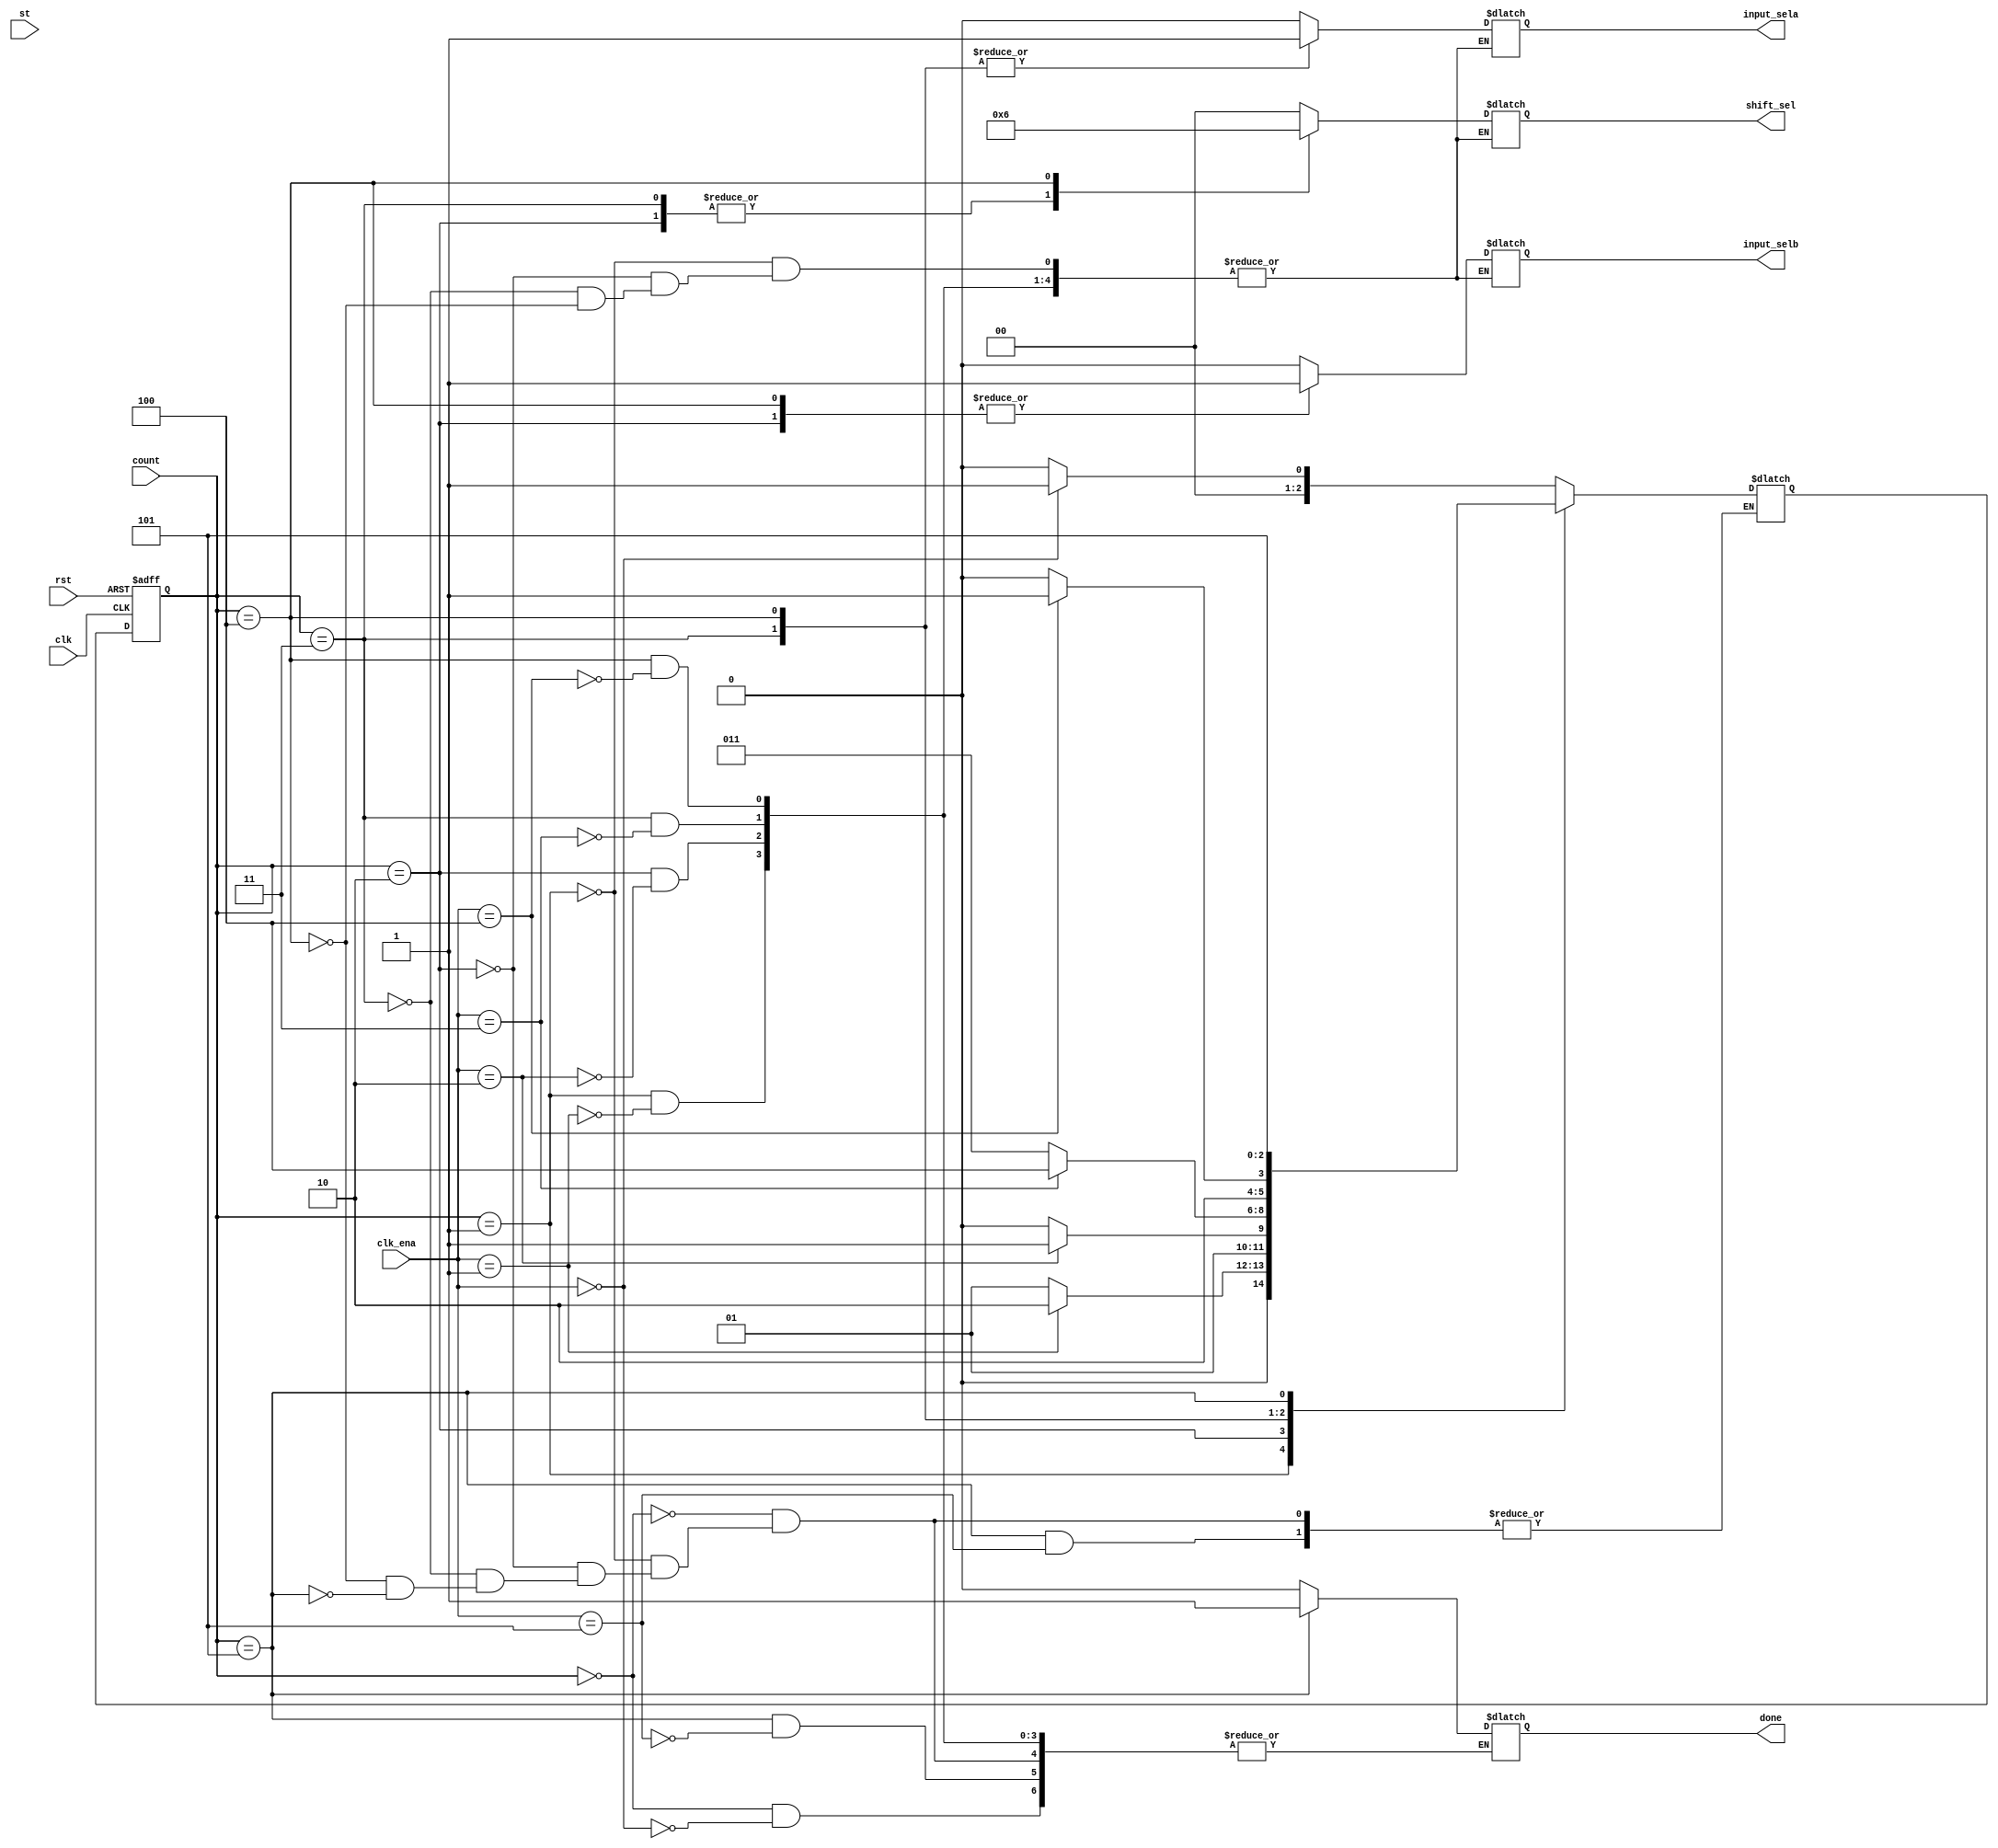
module fsm
#(parameter idle=3'd0,s1=3'd1,s2=3'd2,s3=3'd3,s4=3'd4,s5=3'd5) 
(
 output reg input_sela,input_selb, 
 output reg [1:0]shift_sel,
 output reg done,
 input st,rst,clk,
 input [2:0] count,clk_ena
);

reg [2:0] next_count;

 
always @ (posedge clk or negedge rst)
 begin
  if(rst==1'b0)
   count <= idle;
  else
   count <= next_count;
 end 
  

always @ (*)
  begin
   case(count)
 
   idle: if(clk_ena==3'd0)
          begin
          next_count <= s1;  
          done <= 1'b0;
          end
         else
          begin
          next_count <= idle;          
//          done <= 1'b0;
          end 
   s1:   if(clk_ena==3'd1)
         begin
          next_count <= s2;
          input_sela <= 1'b0;
	  input_selb <= 1'b0;
          shift_sel <= 2'b00;
          done <= 1'b0;
         end
         else
          next_count <= s1;  
   s2:   if(clk_ena==3'd2)
         begin
          next_count <= s3;
          input_sela <= 1'b0;
          input_selb <= 1'b1;
          shift_sel <= 2'b01;
          done <= 1'b0;
         end
         else
         next_count <= s2;
   s3:   if(clk_ena==3'd3)
         begin
          next_count <= s4;
          input_sela <= 1'b1;
          input_selb <= 1'b0;
          shift_sel <= 2'b01;
          done <= 1'b0;
         end
         else
          next_count <= s3;
   s4:   if(clk_ena==3'd4)
         begin
          next_count <= s5;
          input_sela <= 1'b1;
          input_selb <= 1'b1;
          shift_sel <= 2'b10;
          done <= 1'b0;
         end
         else
          next_count <= s4;
   s5:   if(clk_ena==3'd5)
          done <= 1'b1;          
         else
          next_count <= s5; 
   endcase       
  end



endmodule